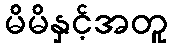
မိမိနှင့်အတူ